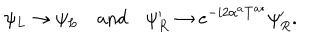
LaTeX: \psi _ { L } \to \psi _ { L } \quad \mathrm { a n d } \quad \psi _ { R } ^ { \prime } \to e ^ { - i 2 \alpha ^ { a } T ^ { a * } } \psi _ { R } ^ { \prime } .